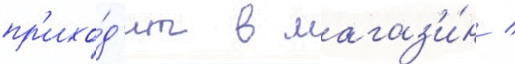
пр'ихо́д'ит в магаз'и́н /